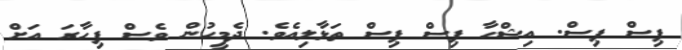
ޕިސް ޕިސް. އިޝްހާ ޕިސް ޕިސް ތަޅާލިއެވެ. ދެމީހުން ވެސް ފިހާރަ އަށް